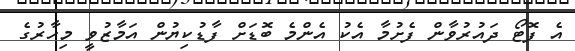
އެ ފޮޓޯ ދައުރުވާން ފެށުމާ އެކު އެންމެ ބޮޑަށް ފާޑުކިޔުން އަމާޒުވީ މިހާރުގެ